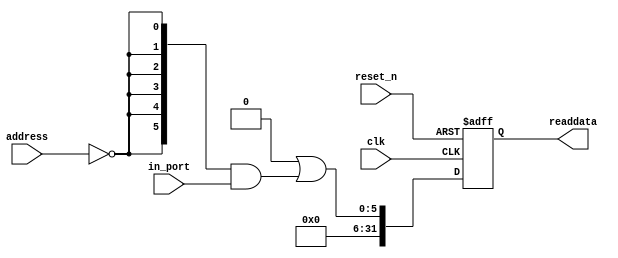
module jaxa_creditCount (
                          // inputs:
                           address,
                           clk,
                           in_port,
                           reset_n,

                          // outputs:
                           readdata
                        )
;

  output  [ 31: 0] readdata;
  input   [  1: 0] address;
  input            clk;
  input   [  5: 0] in_port;
  input            reset_n;


wire             clk_en;
wire    [  5: 0] data_in;
wire    [  5: 0] read_mux_out;
reg     [ 31: 0] readdata;
  assign clk_en = 1;
  //s1, which is an e_avalon_slave
  assign read_mux_out = {6 {(address == 0)}} & data_in;
  always @(posedge clk or negedge reset_n)
    begin
      if (reset_n == 0)
          readdata <= 0;
      else if (clk_en)
          readdata <= {32'b0 | read_mux_out};
    end


  assign data_in = in_port;

endmodule